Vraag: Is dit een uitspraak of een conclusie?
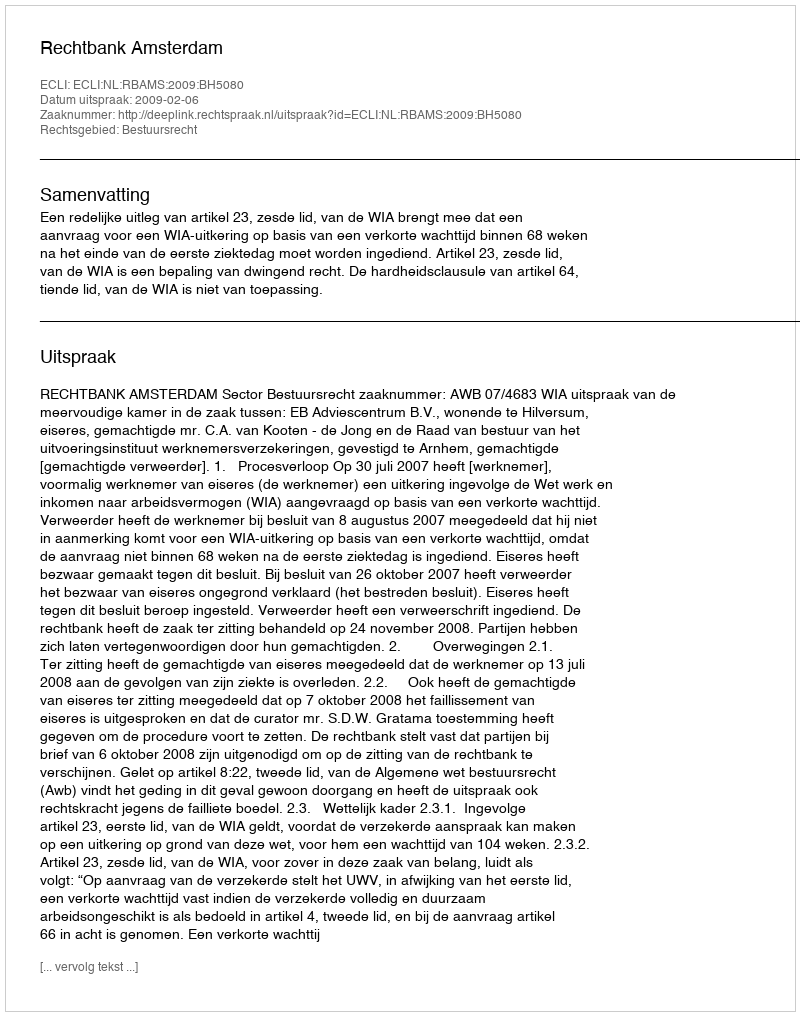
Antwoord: Uitspraak